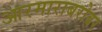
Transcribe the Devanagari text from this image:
आरमाराबरोबर